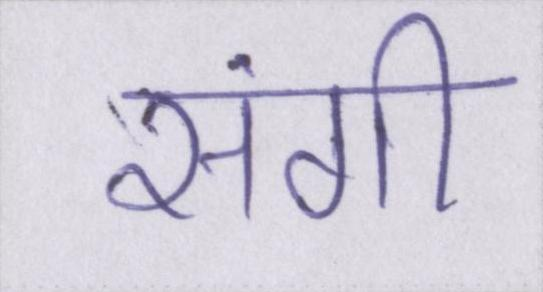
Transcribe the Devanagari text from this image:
संगी